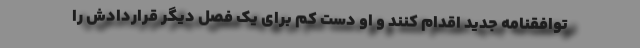
توافقنامه جدید اقدام کنند و او دست کم برای یک فصل دیگر قراردادش را